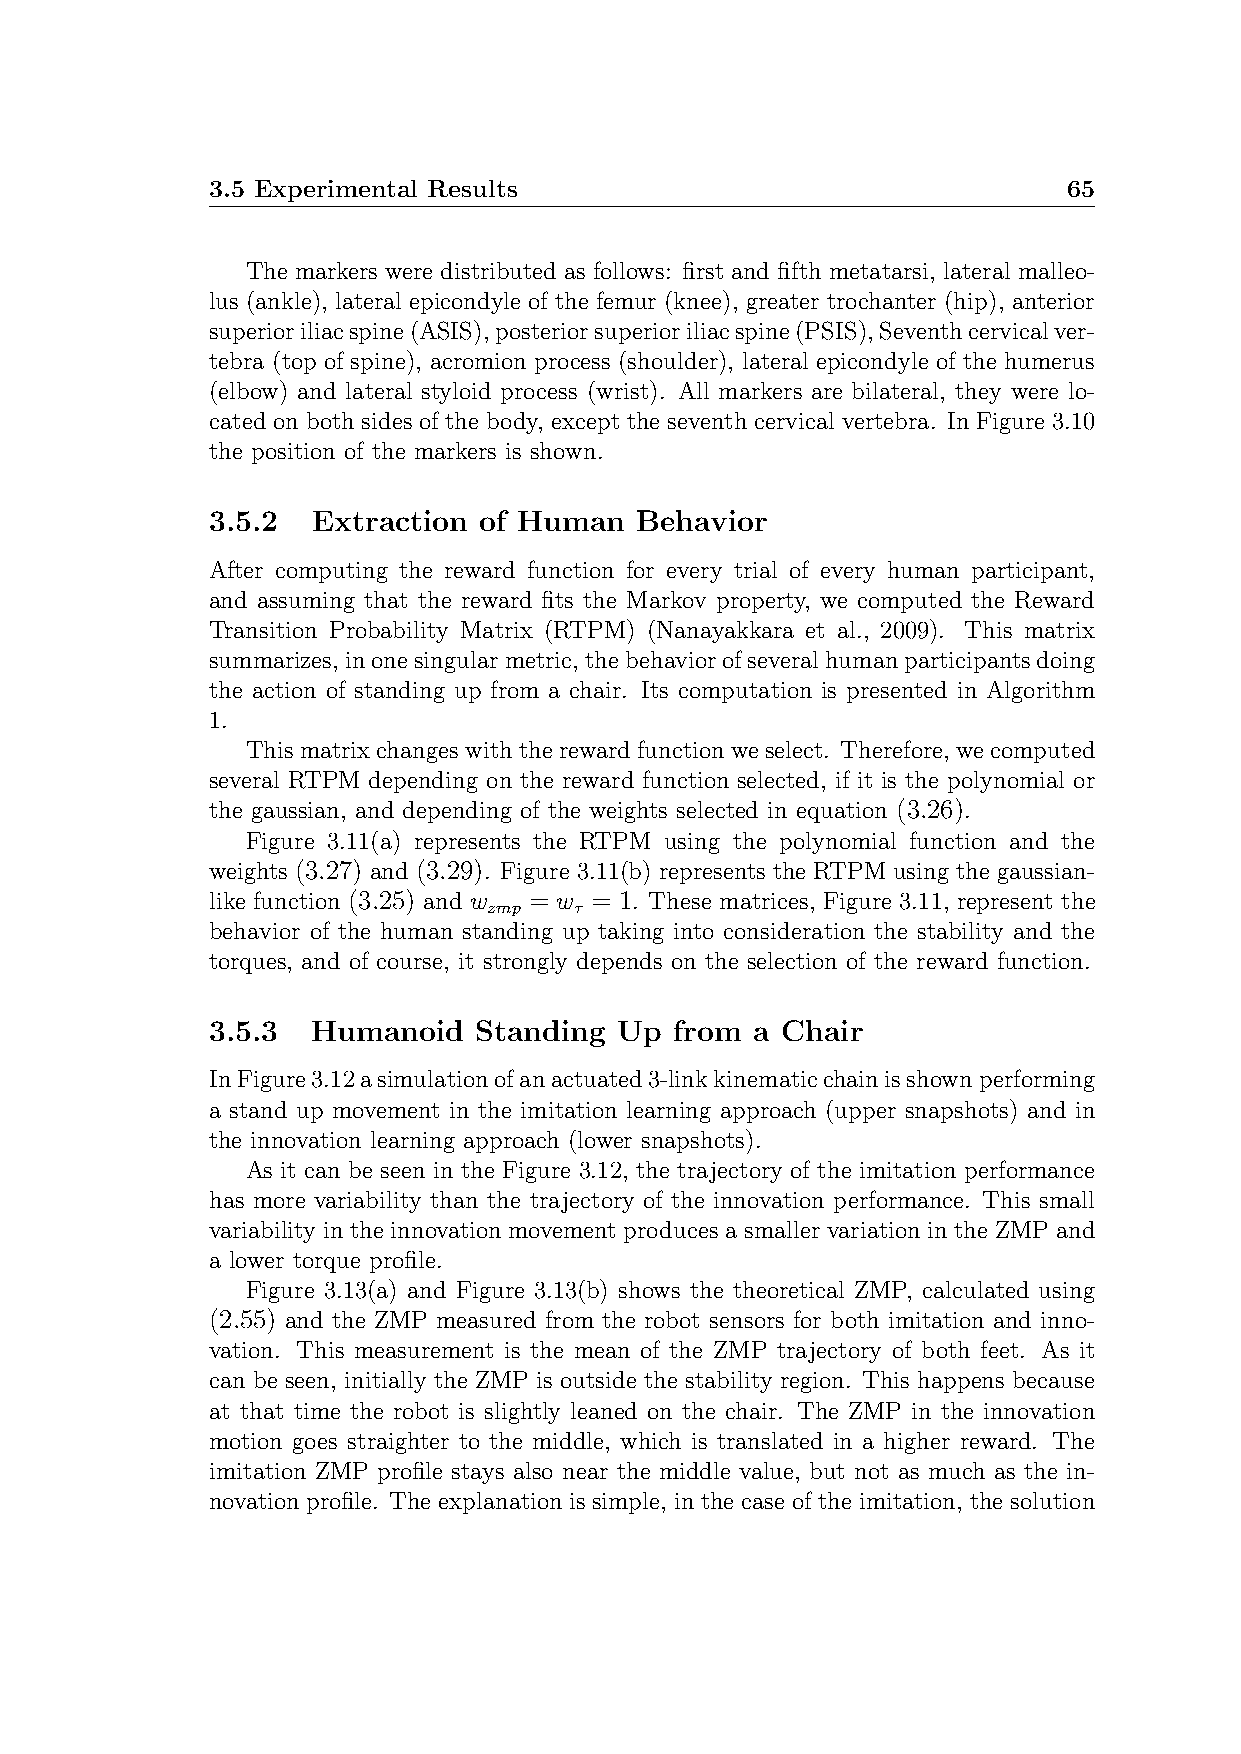
3.5 Experimental Results                                 65
 The markers were distributed as follows: first and fifth metatarsi, lateral malleo-
 lus (ankle), lateral epicondyle of the femur (knee), greater trochanter (hip), anterior
 superioriliacspine(ASIS),posteriorsuperioriliacspine(PSIS),Seventhcervicalver-
 tebra (top of spine), acromion process (shoulder), lateral epicondyle of the humerus
 (elbow) and lateral styloid process (wrist). All markers are bilateral, they were lo-
 cated on both sides of the body, except the seventh cervical vertebra. In Figure 3.10
 the position of the markers is shown.
 3.5.2  Extraction of Human  Behavior
 After computing the reward function for every trial of every human participant,
 and assuming that the reward fits the Markov property, we computed the Reward
 Transition Probability Matrix (RTPM) (Nanayakkara et al., 2009). This matrix
 summarizes, inonesingularmetric, thebehaviorofseveralhumanparticipantsdoing
 the action of standing up from a chair. Its computation is presented in Algorithm
 1.
 This matrix changes with the reward function we select. Therefore, we computed
 several RTPM depending on the reward function selected, if it is the polynomial or
 the gaussian, and depending of the weights selected in equation (3.26).
 Figure 3.11(a) represents the RTPM using the polynomial function and the
 weights (3.27) and (3.29). Figure 3.11(b) represents the RTPM using the gaussian-
 like function (3.25) and w = w = 1. These matrices, Figure 3.11, represent the
 zmp   τ
 behavior of the human standing up taking into consideration the stability and the
 torques, and of course, it strongly depends on the selection of the reward function.
 3.5.3  Humanoid   Standing Up  from a Chair
 InFigure3.12asimulationofanactuated3-linkkinematicchainisshownperforming
 a stand up movement in the imitation learning approach (upper snapshots) and in
 the innovation learning approach (lower snapshots).
 As it can be seen in the Figure 3.12, the trajectory of the imitation performance
 has more variability than the trajectory of the innovation performance. This small
 variability in the innovation movement produces a smaller variation in the ZMP and
 a lower torque profile.
 Figure 3.13(a) and Figure 3.13(b) shows the theoretical ZMP, calculated using
 (2.55) and the ZMP measured from the robot sensors for both imitation and inno-
 vation. This measurement is the mean of the ZMP trajectory of both feet. As it
 can be seen, initially the ZMP is outside the stability region. This happens because
 at that time the robot is slightly leaned on the chair. The ZMP in the innovation
 motion goes straighter to the middle, which is translated in a higher reward. The
 imitation ZMP profile stays also near the middle value, but not as much as the in-
 novation profile. The explanation is simple, in the case of the imitation, the solution